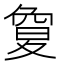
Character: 𡕱